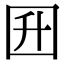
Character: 𡆼